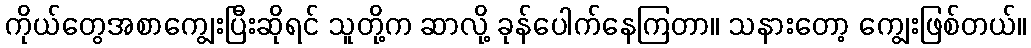
ကိုယ်တွေအစာကျွေးပြီးဆိုရင် သူတို့က ဆာလို့ ခုန်ပေါက်နေကြတာ။ သနားတော့ ကျွေးဖြစ်တယ်။